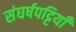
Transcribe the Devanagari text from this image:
संघर्षपट्टियाँ